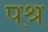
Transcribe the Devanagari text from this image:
पश्र